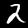
Digit: 2